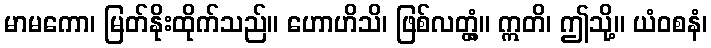
မာမကော၊ မြတ်နိုးထိုက်သည်။ ဟောဟိသိ၊ ဖြစ်လတ္တံ့။ ဣတိ၊ ဤသို့။ ယံဝစနံ၊